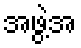
အဖွဲ့အ